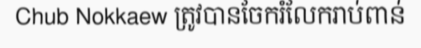
Chub Nokkaew ត្រូវបានចែករំលែករាប់ពាន់